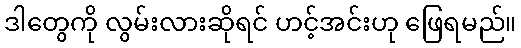
ဒါတွေကို လွမ်းလားဆိုရင် ဟင့်အင်းဟု ဖြေရမည်။